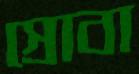
স্রোবা